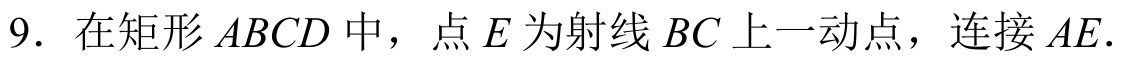
9. 在矩形\(ABCD\)中，点\(E\)为射线\(BC\)上一动点，连接\(AE\).